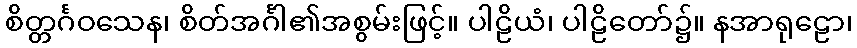
စိတ္တင်္ဂဝသေန၊ စိတ်အင်္ဂါ၏အစွမ်းဖြင့်။ ပါဠိယံ၊ ပါဠိတော်၌။ နအာရုဠော၊